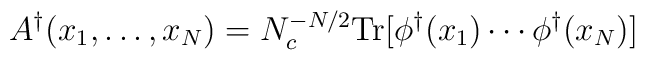
A^\dagger(x_1,\ldots,x_N) = N_c^{-N/2}{\rm Tr}[\phi^\dagger(x_1)\cdots    \phi^\dagger(x_N)]